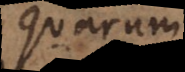
quarum